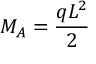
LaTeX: M _ { A } = { \frac { q L ^ { 2 } } { 2 } }